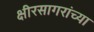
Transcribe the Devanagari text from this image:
क्षीरसागरांच्या